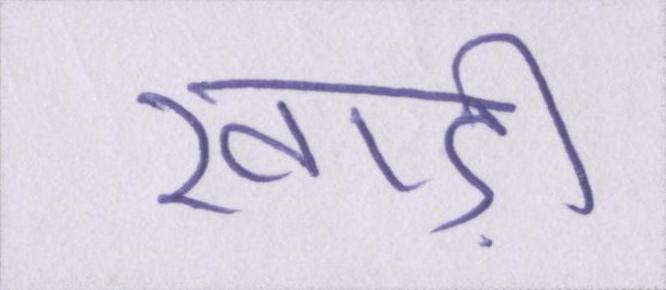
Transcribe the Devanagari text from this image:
खाड़ी